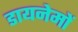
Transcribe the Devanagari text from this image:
डायनेमों